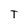
Character: T